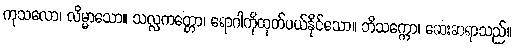
ကုသလော၊ လိမ္မာသော။ သလ္လကတ္တော၊ ရောဂါကိုထုတ်ပယ်နိုင်သော။ ဘိသက္ကော၊ ဆေးဆရာသည်။